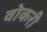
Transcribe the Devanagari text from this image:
वोकरी